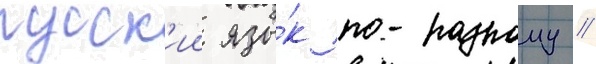
русск'ии язы́к по-разному //